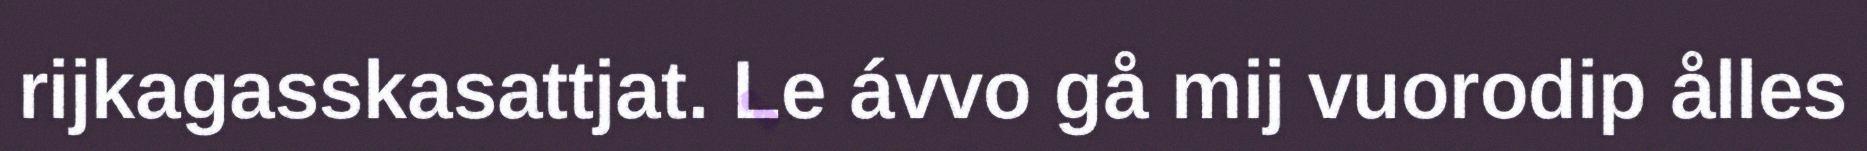
rijkagasskasattjat. Le ávvo gå mij vuorodip ålles